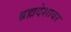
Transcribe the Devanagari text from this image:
ब्रह्मदेशावर